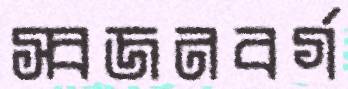
স্বজনবর্গ